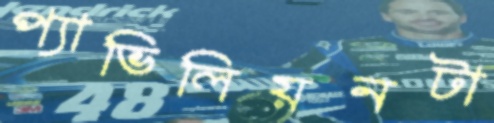
প্যাভিলিয়নটা